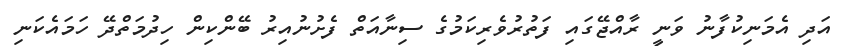
އަދި އެމަނިކުފާނު ވަނީ ރާއްޖޭގައި ފަތުރުވެރިކަމުގެ ސިނާއަތް ފެށުނުއިރު ބޭންކިން ހިދުމަތްދޭ ހަމައެކަނި